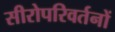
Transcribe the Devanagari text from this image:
सीरोपरिवर्तनों